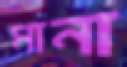
মানা